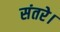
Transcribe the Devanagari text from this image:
संतरे।